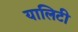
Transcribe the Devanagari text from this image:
यालिटी